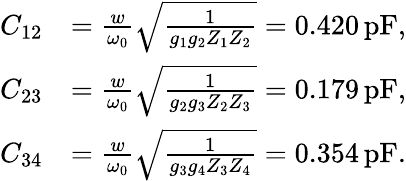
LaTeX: \begin{array}{rl}{C_{12}}&{=\frac{w}{\omega_{0}}\sqrt{\frac{1}{g_{1}g_{2}Z_{1}Z_{2}}}=0.420\, \mathrm{pF},}\\ {C_{23}}&{=\frac{w}{\omega_{0}}\sqrt{\frac{1}{g_{2}g_{3}Z_{2}Z_{3}}}=0.179\, \mathrm{pF},}\\ {C_{34}}&{=\frac{w}{\omega_{0}}\sqrt{\frac{1}{g_{3}g_{4}Z_{3}Z_{4}}}=0.354\, \mathrm{pF}.}\end{array}